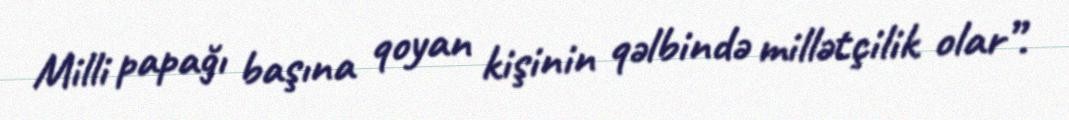
Milli papağı başına qoyan kişinin qəlbində millətçilik olar”.